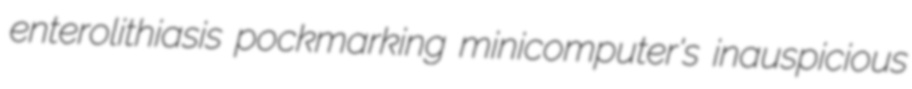
enterolithiasis pockmarking minicomputer's inauspicious